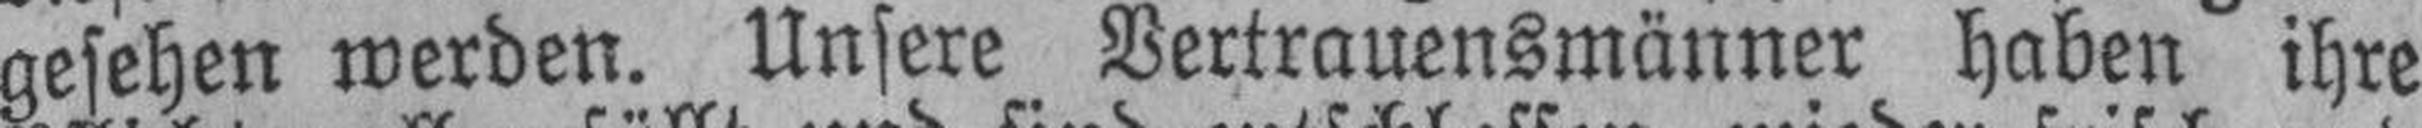
gesehen werden. Unsere Vertrauensmänner haben ihre